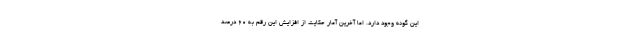
این گونه وجود دارد. اما آخرین آمار حکایت از افزایش این رقم به ۶۰ درصد